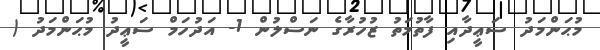
މުޙަންމަދު ސަޢީދާއި ފާތުމަތު ޒުހުރާގެ ނަސްލުން 1- އަދުހަމް ސަޢީދު މުޙަންމަދު (